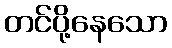
တင်ပို့နေသော